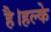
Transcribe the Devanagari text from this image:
है।हल्के